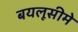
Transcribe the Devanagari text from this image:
बयलूसीमे